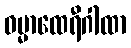
ဓမ္မာထေရီဂါထာ